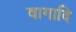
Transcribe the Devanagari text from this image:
वागादि